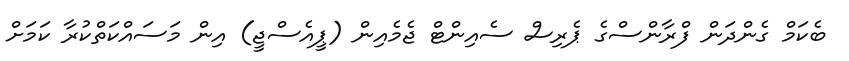
ބެކަމް ގެންދަން ފްރާންސްގެ ޕެރިސް ސެއިންޓް ޖެމެއިން (ޕީއެސްޖީ) އިން މަސައްކަތްކުރާ ކަމަށް